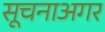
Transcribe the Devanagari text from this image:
सूचनाअगर